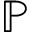
\mathbb { P }